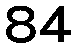
84